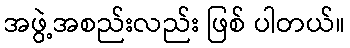
အဖွဲ့အစည်းလည်း ဖြစ် ပါတယ်။